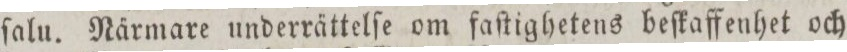
ſalu. Närmare underrättelſe om faſtighetens beſkaffenhet och